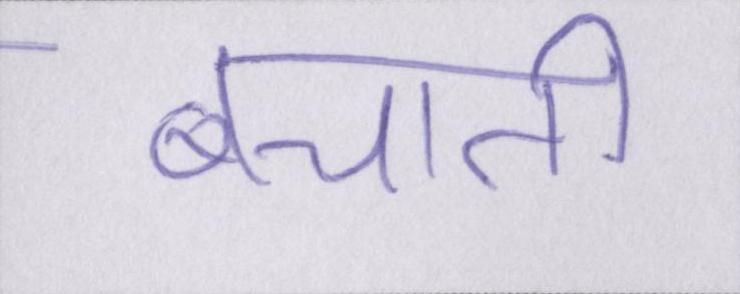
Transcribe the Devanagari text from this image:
बचाती